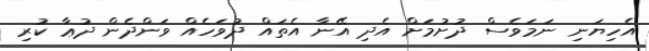
އެހިޔަނި ނަމަވެސް ދުށުމަށް އެދި އޭނާ އެތައް ދުވަހެއް ވަންދެން ދުޢާ ކުރި